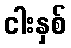
ငါးနှစ်